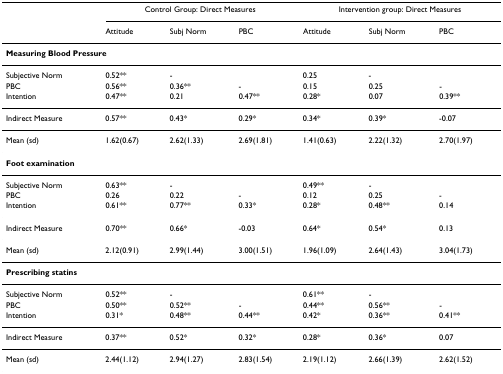
<table><thead><tr><td></td><td colspan="3"><b>Control Group: Direct Measures</b></td><td colspan="3"><b>Intervention group: Direct Measures</b></td></tr><tr><td></td><td><b>Attitude</b></td><td><b>Subj Norm</b></td><td><b>PBC</b></td><td><b>Attitude</b></td><td><b>Subj Norm</b></td><td><b>PBC</b></td></tr></thead><tbody><tr><td colspan="7"><b>Measuring Blood Pressure</b></td></tr><tr><td>Subjective Norm</td><td>0.52**</td><td>-</td><td></td><td>0.25</td><td>-</td><td></td></tr><tr><td>PBC</td><td>0.56**</td><td>0.36**</td><td>-</td><td>0.15</td><td>0.25</td><td>-</td></tr><tr><td>Intention</td><td>0.47**</td><td>0.21</td><td>0.47**</td><td>0.28*</td><td>0.07</td><td>0.39**</td></tr><tr><td>Indirect Measure</td><td>0.57**</td><td>0.43*</td><td>0.29*</td><td>0.34*</td><td>0.39*</td><td>-0.07</td></tr><tr><td>Mean (sd)</td><td>1.62(0.67)</td><td>2.62(1.33)</td><td>2.69(1.81)</td><td>1.41(0.63)</td><td>2.22(1.32)</td><td>2.70(1.97)</td></tr><tr><td colspan="7"><b>Foot examination</b></td></tr><tr><td>Subjective Norm</td><td>0.63**</td><td>-</td><td></td><td>0.49**</td><td>-</td><td></td></tr><tr><td>PBC</td><td>0.26</td><td>0.22</td><td>-</td><td>0.12</td><td>0.25</td><td>-</td></tr><tr><td>Intention</td><td>0.61**</td><td>0.77**</td><td>0.33*</td><td>0.28*</td><td>0.48**</td><td>0.14</td></tr><tr><td>Indirect Measure</td><td>0.70**</td><td>0.66*</td><td>-0.03</td><td>0.64*</td><td>0.54*</td><td>0.13</td></tr><tr><td>Mean (sd)</td><td>2.12(0.91)</td><td>2.99(1.44)</td><td>3.00(1.51)</td><td>1.96(1.09)</td><td>2.64(1.43)</td><td>3.04(1.73)</td></tr><tr><td colspan="7"><b>Prescribing statins</b></td></tr><tr><td>Subjective Norm</td><td>0.52**</td><td>-</td><td></td><td>0.61**</td><td>-</td><td></td></tr><tr><td>PBC</td><td>0.50**</td><td>0.52**</td><td>-</td><td>0.44**</td><td>0.56**</td><td>-</td></tr><tr><td>Intention</td><td>0.31*</td><td>0.48**</td><td>0.44**</td><td>0.42*</td><td>0.36**</td><td>0.41**</td></tr><tr><td>Indirect Measure</td><td>0.37**</td><td>0.52*</td><td>0.32*</td><td>0.28*</td><td>0.36*</td><td>0.07</td></tr><tr><td>Mean (sd)</td><td>2.44(1.12)</td><td>2.94(1.27)</td><td>2.83(1.54)</td><td>2.19(1.12)</td><td>2.66(1.39)</td><td>2.62(1.52)</td></tr></tbody></table>